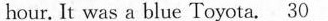
hour. It was a blue Toyota.\underline{30}